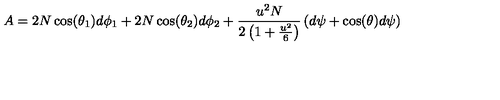
A = 2 N \cos ( \theta _ { 1 } ) d \phi _ { 1 } + 2 N \cos ( \theta _ { 2 } ) d \phi _ { 2 } + \frac { u ^ { 2 } N } { 2 \left( 1 + \frac { u ^ { 2 } } { 6 } \right) } \left( d \psi + \cos ( \theta ) d \psi \right)